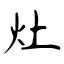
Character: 灶